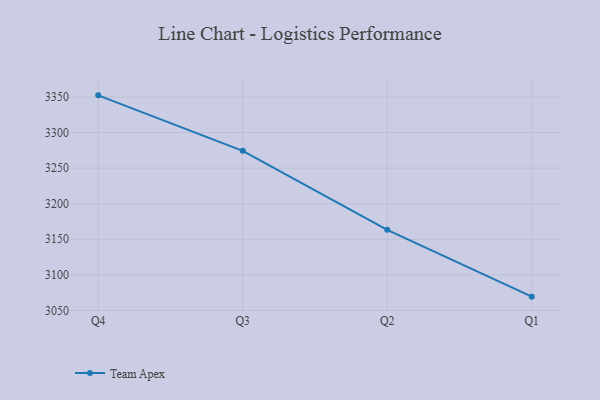
{"axis": {"x": "Quarter", "y": "Gross Profit (USD K)"}, "legend": ["Team Apex"], "data": [{"x": "Q4", "y": 3352.2, "type": "Team Apex"}, {"x": "Q3", "y": 3274.3, "type": "Team Apex"}, {"x": "Q2", "y": 3163.3, "type": "Team Apex"}, {"x": "Q1", "y": 3069.4, "type": "Team Apex"}]}